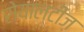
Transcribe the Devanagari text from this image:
रोयाल्टीज़